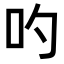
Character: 𠮭